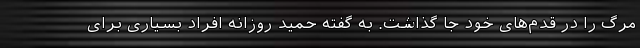
مرگ را در قدم‌های خود جا گذاشت. به گفته حمید روزانه افراد بسیاری برای